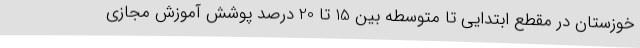
خوزستان در مقطع ابتدایی تا متوسطه بین 15 تا 20 درصد پوشش آموزش مجازی